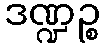
ဒဏ္ဍဉ္စ